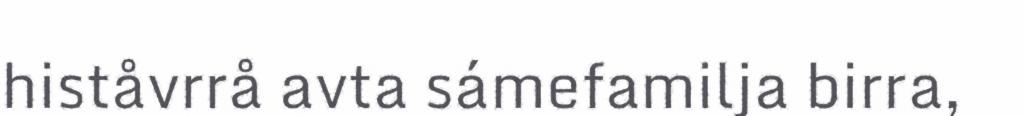
histåvrrå avta sámefamilja birra,